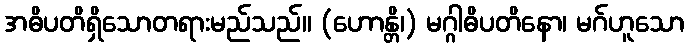
အဓိပတိရှိသောတရားမည်သည်။ (ဟောန္တိ၊) မဂ္ဂါဓိပတိနော၊ မဂ်ဟူသော